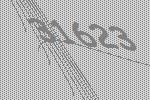
31623